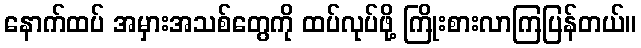
နောက်ထပ် အမှားအသစ်တွေကို ထပ်လုပ်ဖို့ ကြိုးစားလာကြပြန်တယ်။